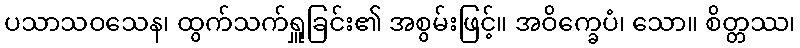
ပသာသဝသေန၊ ထွက်သက်ရှူခြင်း၏ အစွမ်းဖြင့်။ အဝိက္ခေပံ၊ သော။ စိတ္တဿ၊